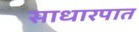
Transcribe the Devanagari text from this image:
साधारपात